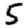
Digit: 5